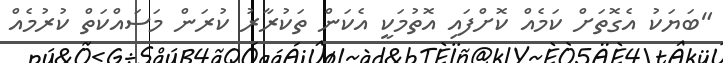
"ބަޔަކު އެގޮތަށް ކަމެއް ކޮށްފައި އޮތުމަކީ އެކަން ތަކުރާރު ކުރަން މަސައްކަތް ކުރުމެއް